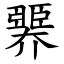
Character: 臩